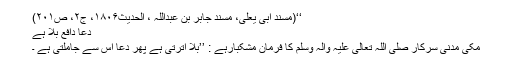
‘‘(مسند ابی یعلیٰ، مسند جابر بن عبداللہ ، الحدیث۱۸۰۶، ج۲، ص۲۰۱)
دُعا دافعِ بلا ہے
مکی مدنی سرکار صَلَّی اللہ تَعَالٰی عَلَیْہِ وَاٰلِہٖ وَسَلَّمَ کا فرمانِ مشکبارہے : ’’بَلا اُترتی ہے پھر دُعا اُس سے جاملتی ہے ۔